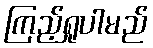
ကြည့်ရှုပါမည်